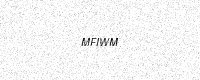
Text: MFIWM